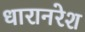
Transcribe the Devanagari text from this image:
धारानरेश